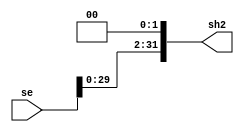
`timescale 1ns / 1ps
//////////////////////////////////////////////////////////////////////////////////
// Company: 
// Engineer: 
// 
// Design Name: 
// Module Name: SSHL32
// Project Name: 
// Target Devices: 
// Tool Versions: 
// Description: 
// 
// Dependencies: 
// 
// Revision:
// Revision 0.01 - File Created
// Additional Comments:
// 
//////////////////////////////////////////////////////////////////////////////////


module SSHL32(
se,sh2
    );
    input [31:0]se;
    output reg[31:0]sh2;
    always@(*)begin
        sh2[31:2]<=se[29:0];
        sh2[1:0]<=2'b00;
    end
endmodule